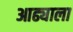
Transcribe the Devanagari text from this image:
आढ्याला